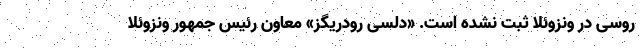
روسی در ونزوئلا ثبت نشده است. «دلسی رودریگز» معاون رئیس جمهور ونزوئلا